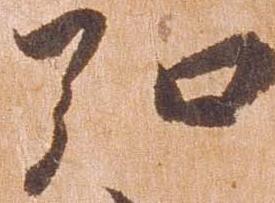
弘